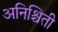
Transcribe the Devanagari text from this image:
अनिश्चिती